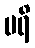
မရိ